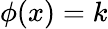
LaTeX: \phi(x)=k